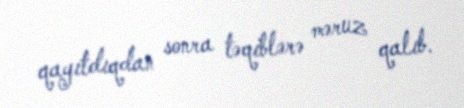
qayıtdıqdan sonra təqiblərə məruz qalıb.